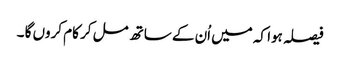
فیصلہ ہوا کہ میں اُن کے ساتھ مل کر کام کروں گا ۔